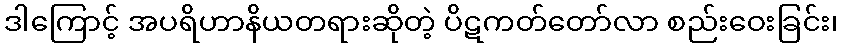
ဒါကြောင့် အပရိဟာနိယတရားဆိုတဲ့ ပိဋကတ်တော်လာ စည်းဝေးခြင်း၊